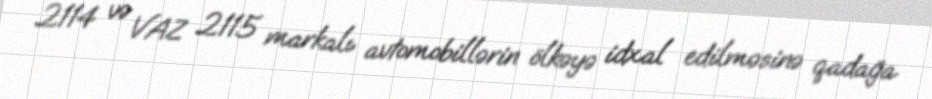
2114 və VAZ 2115 markalı avtomobillərin ölkəyə idxal edilməsinə qadağa